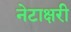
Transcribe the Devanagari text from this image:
नेटाक्षरी